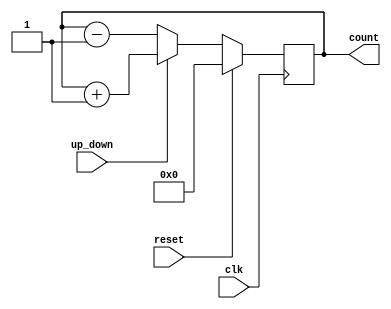
`timescale 1ns / 1ps

module up_down_counter(
                        input clk,reset,
                        input up_down,
                        output reg [3:0] count
                        );
                        
           always @(posedge clk)begin
           if(reset)
                count <= 4'b0000;
           else
             begin
             if(up_down)
                count <= count + 1;
             else
                count <= count - 1;
             end 
                  
           end      
endmodule